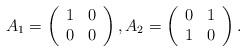
LaTeX: \begin{align*}A_1 = \left(\begin{array}{cc} 1 & 0 \\ 0 & 0 \\\end{array}\right), A_2= \left(\begin{array}{cc} 0 & 1 \\ 1 & 0 \\\end{array}\right).\end{align*}